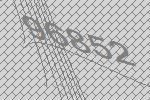
96852